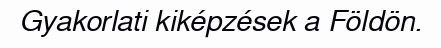
Gyakorlati kiképzések a Földön.